Punjab Mental Hospital Lahore 1922-31 - 1922-1931
Year: 1922
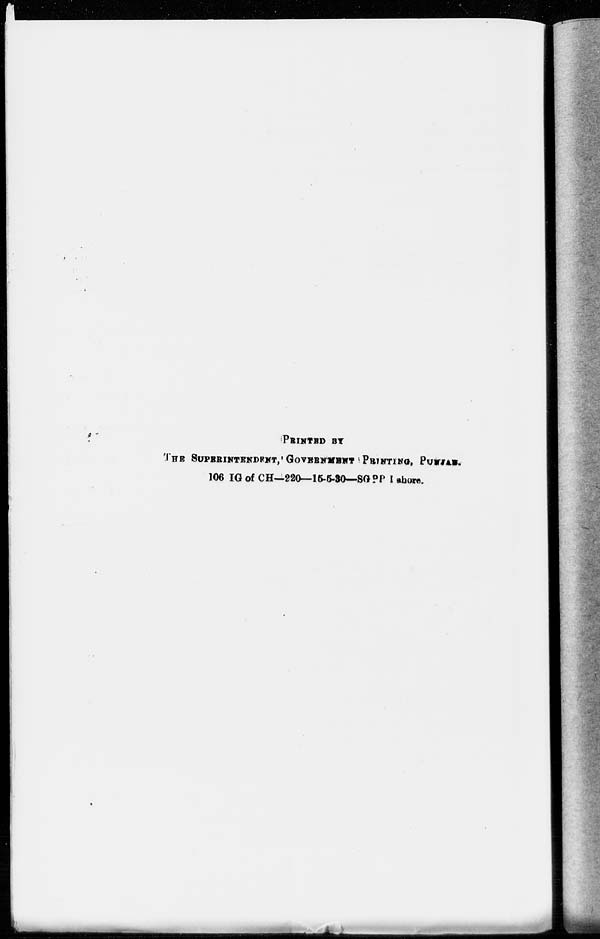
PRINTED BY
THE SUPERINTENDENT, GOVERNMENT PRINTING, PUNJAB.
106 IG of CH—220—15-5-30—SGPP Lahore.